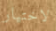
لاختيار